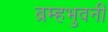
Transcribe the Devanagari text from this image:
ब्रम्हभुवनीं